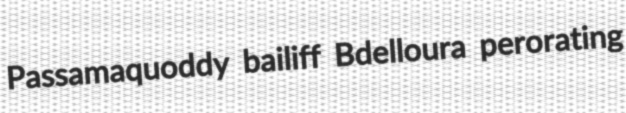
Passamaquoddy bailiff Bdelloura perorating